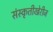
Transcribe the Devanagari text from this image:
संस्कृतीखेरीज